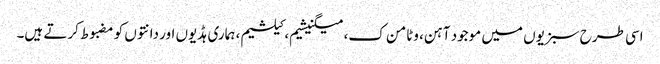
اسی طرح سبزیوں میں موجود آہن، وٹامن ک، میگنیشیم، کیلشیم، ہماری ہڈیوں اور دانتوں کو مضبوط کرتے ہیں۔